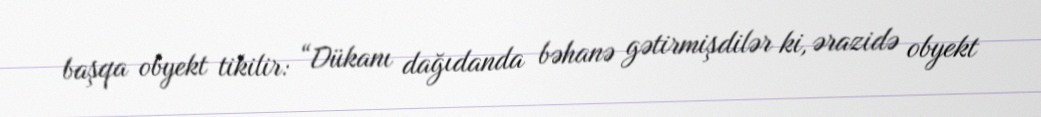
başqa obyekt tikilir: “Dükanı dağıdanda bəhanə gətirmişdilər ki, ərazidə obyekt